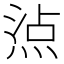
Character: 𤊁